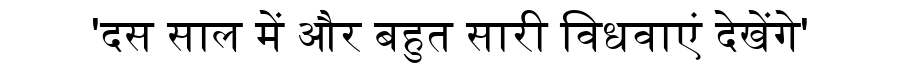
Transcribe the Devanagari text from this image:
'दस साल में और बहुत सारी विधवाएं देखेंगे'